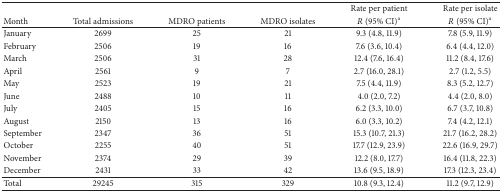
<table><thead><tr><td><b> </b></td><td><b> </b></td><td><b> </b></td><td><b> </b></td><td><b>Rate per patient</b></td><td><b>Rate per isolate</b></td></tr><tr><td><b>Month</b></td><td><b>Total admissions</b></td><td><b>MDRO patients</b></td><td><b>MDRO isolates</b></td><td><b><i>R</i> (95% CI)<sup>a</sup></b></td><td><b><i>R</i> (95% CI)<sup>a</sup></b></td></tr></thead><tbody><tr><td>January</td><td>2699</td><td>25</td><td>21</td><td>9.3 (4.8, 11.9)</td><td>7.8 (5.9, 11.9)</td></tr><tr><td>February</td><td>2506</td><td>19</td><td>16</td><td>7.6 (3.6, 10.4)</td><td>6.4 (4.4, 12.0)</td></tr><tr><td>March</td><td>2506</td><td>31</td><td>28</td><td>12.4 (7.6, 16.4)</td><td>11.2 (8.4, 17.6)</td></tr><tr><td>April</td><td>2561</td><td>9</td><td>7</td><td>2.7 (16.0, 28.1)</td><td>2.7 (1.2, 5.5)</td></tr><tr><td>May</td><td>2523</td><td>19</td><td>21</td><td>7.5 (4.4, 11.9)</td><td>8.3 (5.2, 12.7)</td></tr><tr><td>June</td><td>2488</td><td>10</td><td>11</td><td>4.0 (2.0, 7.2)</td><td>4.4 (2.0, 8.0)</td></tr><tr><td>July</td><td>2405</td><td>15</td><td>16</td><td>6.2 (3.3, 10.0)</td><td>6.7 (3.7, 10.8)</td></tr><tr><td>August</td><td>2150</td><td>13</td><td>16</td><td>6.0 (3.3, 10.2)</td><td>7.4 (4.2, 12.1)</td></tr><tr><td>September</td><td>2347</td><td>36</td><td>51</td><td>15.3 (10.7, 21.3)</td><td>21.7 (16.2, 28.2)</td></tr><tr><td>October</td><td>2255</td><td>40</td><td>51</td><td>17.7 (12.9, 23.9)</td><td>22.6 (16.9, 29.7)</td></tr><tr><td>November</td><td>2374</td><td>29</td><td>39</td><td>12.2 (8.0, 17.7)</td><td>16.4 (11.8, 22.3)</td></tr><tr><td>December</td><td>2431</td><td>33</td><td>42</td><td>13.6 (9.5, 18.9)</td><td>17.3 (12.3, 23.4)</td></tr><tr><td>Total</td><td>29245</td><td>315</td><td>329</td><td>10.8 (9.3, 12.4)</td><td>11.2 (9.7, 12.9)</td></tr></tbody></table>